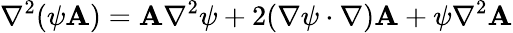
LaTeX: \nabla^{2}(\psi\mathbf{A})=\mathbf{A}\nabla^{2}\psi+2(\nabla\psi\cdot\nabla)\mathbf{A}+\psi\nabla^{2}\mathbf{A}